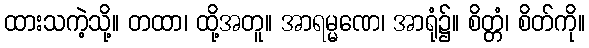
ထားသကဲ့သို့။ တထာ၊ ထို့အတူ။ အာရမ္မဏေ၊ အာရုံ၌။ စိတ္တံ၊ စိတ်ကို။